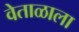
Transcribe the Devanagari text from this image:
वेताळाला